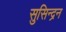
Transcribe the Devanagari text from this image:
सुसिन्द्रन